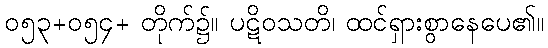
၀၅၃+၀၅၄+ တိုက်၌။ ပဋိဝသတိ၊ ထင်ရှားစွာနေပေ၏။